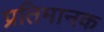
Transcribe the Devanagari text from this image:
प्रतिमानक